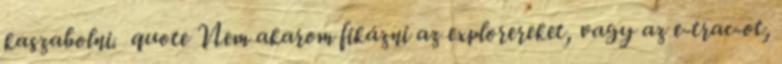
kaszabolni. quote Nem akarom fikázni az explorereket, vagy az e-trac-ot,